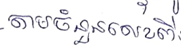
តាមចំនួនលេខពី